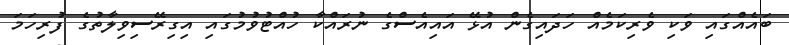
ބައެއްގައި ވަކި ވެރިކަމެއް ހަދައިގެން އުޅޭ އައިއެސްގެ ނުރައްކާ ހުއްޓުވުމުގައި އިގިރޭސިވިލާތުގެ ފުރިހަމަ